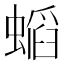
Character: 𲀅